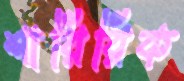
শারিরিক